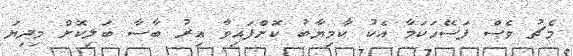
މެޗު ވެސް ފަސޭހަކަމާ އެކު ކާމިޔާބު ކޮށްފައިވާ އިރު ބާސާ ބަލިކޮށް މިދިޔަ